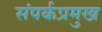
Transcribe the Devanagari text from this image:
संपर्कप्रमुख